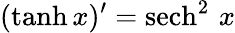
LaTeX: (\operatorname{tanh}x)^{\prime}={\operatorname{sech}^{2}\, x}